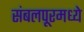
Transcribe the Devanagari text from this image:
संबलपूरमध्ये